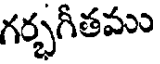
గర్భగీతము